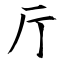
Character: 厅